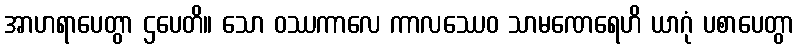
အာဟရာပေတွာ ဌပေတိ။ သော ဝဿကာလေ ကာလဿေဝ သာမဏေရေဟိ ယာဂုံ ပစာပေတွာ